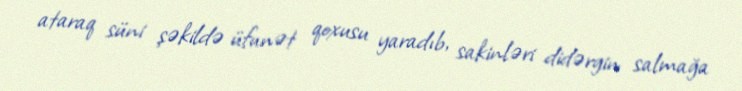
ataraq süni şəkildə üfunət qoxusu yaradıb, sakinləri didərgin salmağa